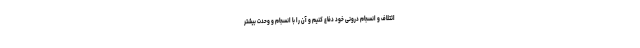
ائتلاف و انسجام درونی خود دفاع کنیم و آن را با انسجام و وحدت بیشتر